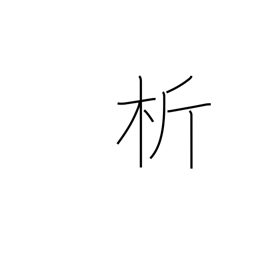
Meaning: tear